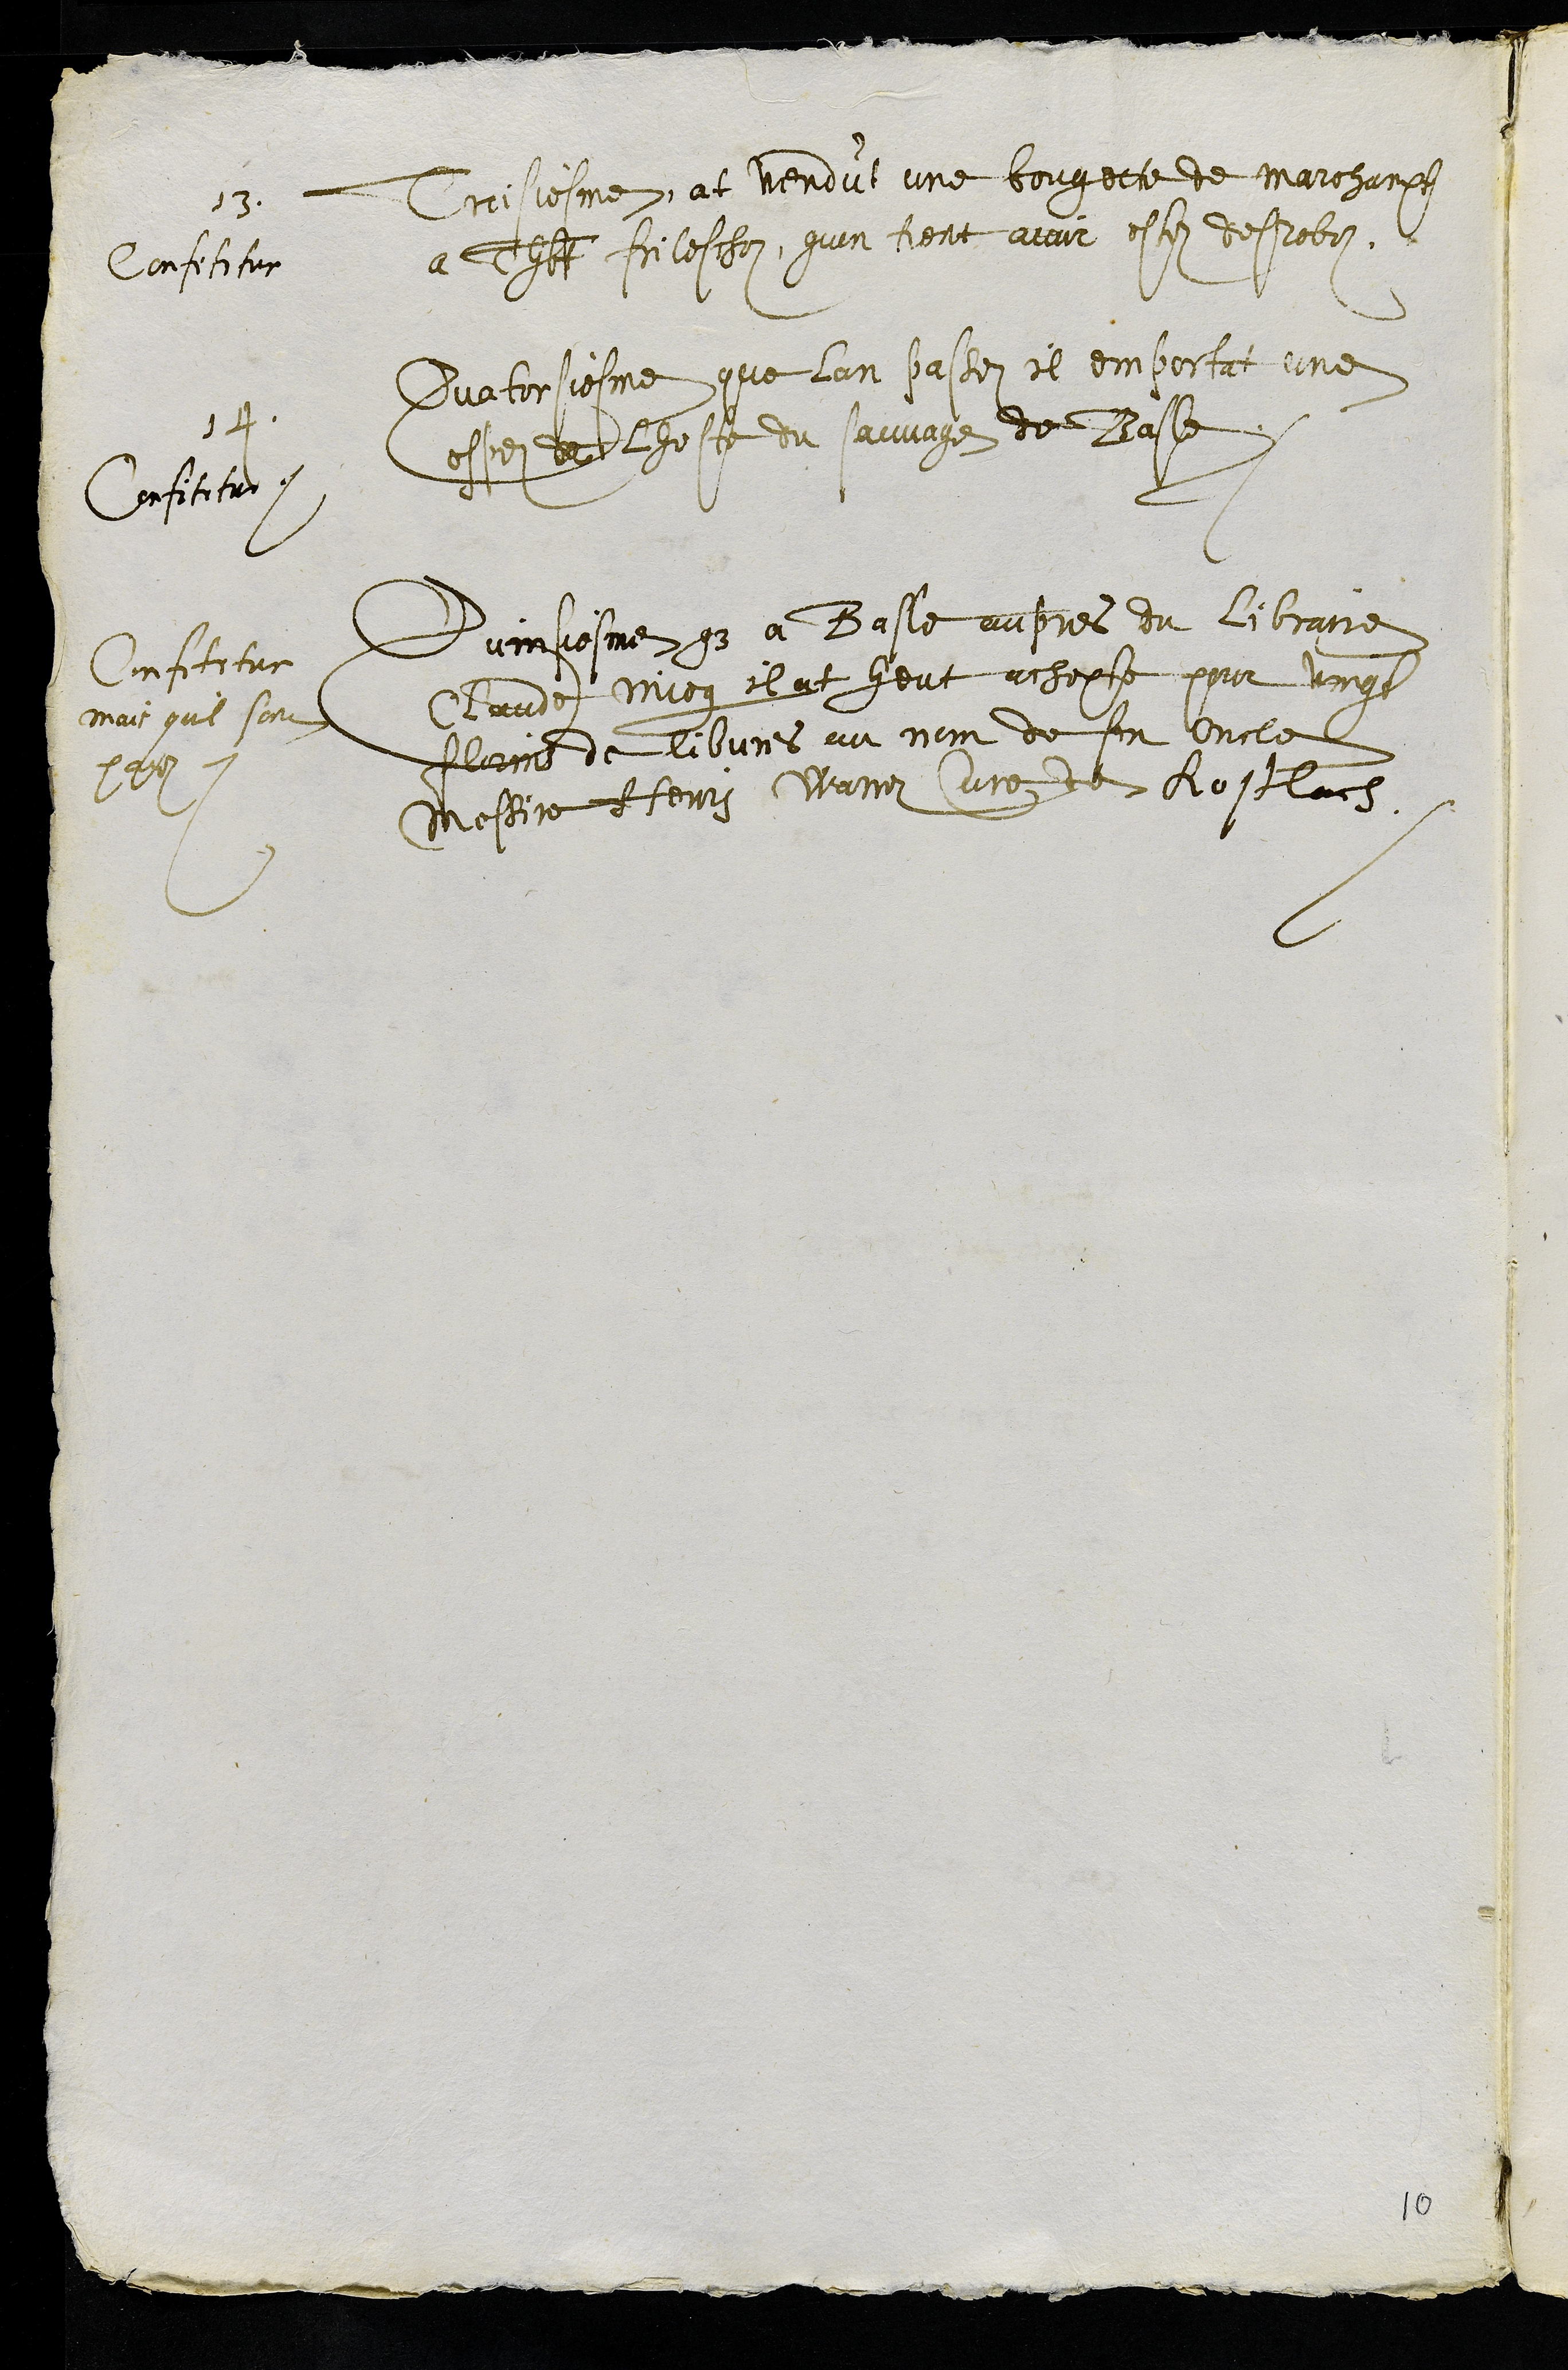
13
Treisiesme, at vendut une bougette de marchanpt
a Thbt frileschos quon tient avoir este desrobe.
Confitetur
14
Quatorsiesme que lan passe il emporta une
espez de lhoste du sauvage de Basle
Confitetur
Quinsiesme que a Basle aupres du libraire
Claude Miog il at heut achepte pour vingt
florins de libvres au nom de son oncle
Messire Henry Warrez cure de Kostlach
Confitetur
mais quil sont
paiez
10.